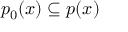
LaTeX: p _ { 0 } ( x ) \subseteq p ( x )